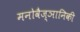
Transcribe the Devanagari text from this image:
मनोवैज्ञानिकी